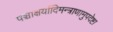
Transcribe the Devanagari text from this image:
पञ्चाक्षर्यादिमन्त्राणामुपदेष्टा